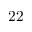
2 2